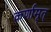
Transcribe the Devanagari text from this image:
कर्णामृत्